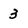
Character: 3